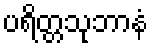
ပရိတ္တသုဘာနံ